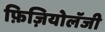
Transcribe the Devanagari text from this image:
फ़िज़ियोलॅजी